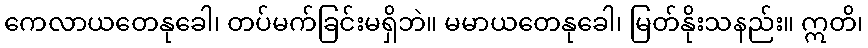
ကေလာယတေနုခေါ၊ တပ်မက်ခြင်းမရှိဘဲ။ မမာယတေနုခေါ၊ မြတ်နိုးသနည်း။ ဣတိ၊